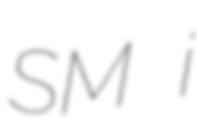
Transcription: SM i